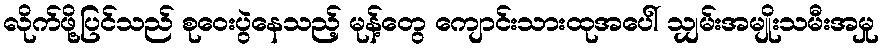
လိုက်ဖို့ပြင်သည် စုဝေးပွဲနေသည့် မုန့်တွေ ကျောင်းသားထုအပေါ် သျှမ်းအမျိုးသမီးအမှု